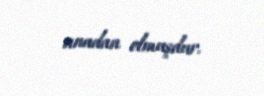
anadan olmuşdur.